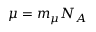
\mu = m _ { \mu } N _ { A }